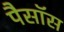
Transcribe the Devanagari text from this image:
पैसॉस